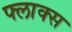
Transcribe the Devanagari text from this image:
फ्लाक्स